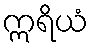
ဣရိယံ